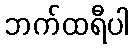
ဘက်ထရီပါ